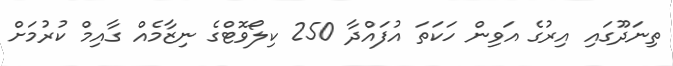
ތިނަދޫގައި އިރުގެ އަވިން ހަކަތަ އުފައްދާ 250 ކިލޯވޮޓްގެ ނިޒާމެއް ގާއިމް ކުރުމަށް